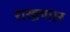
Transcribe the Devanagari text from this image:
राखणार